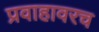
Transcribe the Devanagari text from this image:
प्रवाहावरच